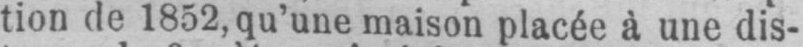
tion de 1852, qu’une maison placée à une dis-